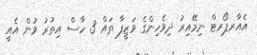
އެއާރޕޯރޓް ނިމޭއިރު ދިވެހިންގެ ވަޒީފާ ތައް 3 ހާސް އިތުރު ވުން އެއީ